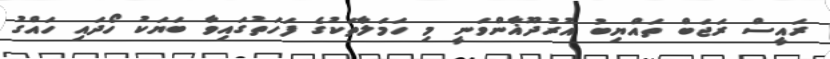
ރައީސް ރަޖަބް ތައްޔިބު އުރުދޫޣާންވަނީ މި ހަމަލާތަކުގެ ފަހަތުގައިވާ ބަޔަކު ހޯދައި ހައްގު